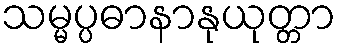
သမ္မပ္ပဓာနာနုယုတ္တာ